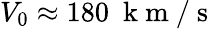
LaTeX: V_{0}\approx 180~\mathrm{~k~m~/~s~}